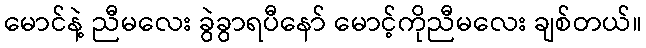
မောင်နဲ့ ညီမလေး ခွဲခွာရပီနော် မောင့်ကိုညီမလေး ချစ်တယ်။